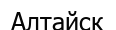
Алтайск